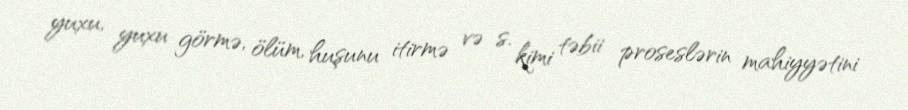
yuxu, yuxu görmə, ölüm, huşunu itirmə və s. kimi təbii proseslərin mahiyyətini